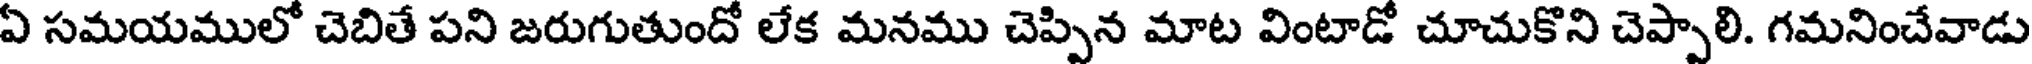
ఏ సమయములో చెబితే పని జరుగుతుందో లేక మనము చెప్పిన మాట వింటాడో చూచుకొని చెప్పాలి. గమనించేవాడు